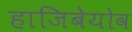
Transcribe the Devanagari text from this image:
हाजिबेयोव